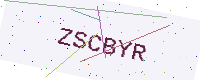
Text: ZSCBYR